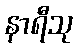
နာရီသု